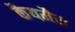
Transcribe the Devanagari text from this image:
कैयमैन